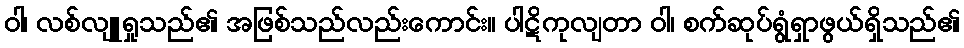
ဝါ၊ လစ်လျူရှုသည်၏ အဖြစ်သည်လည်းကောင်း။ ပါဋိကုလျတာ ဝါ၊ စက်ဆုပ်ရွံရှာဖွယ်ရှိသည်၏